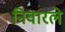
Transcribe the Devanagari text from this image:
निवारले